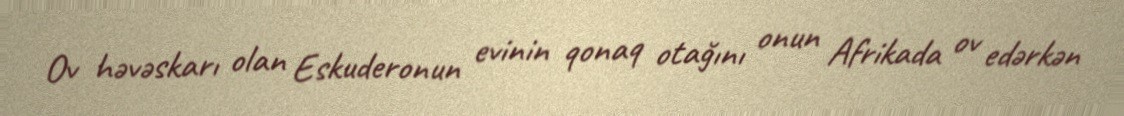
Ov həvəskarı olan Eskuderonun evinin qonaq otağını onun Afrikada ov edərkən